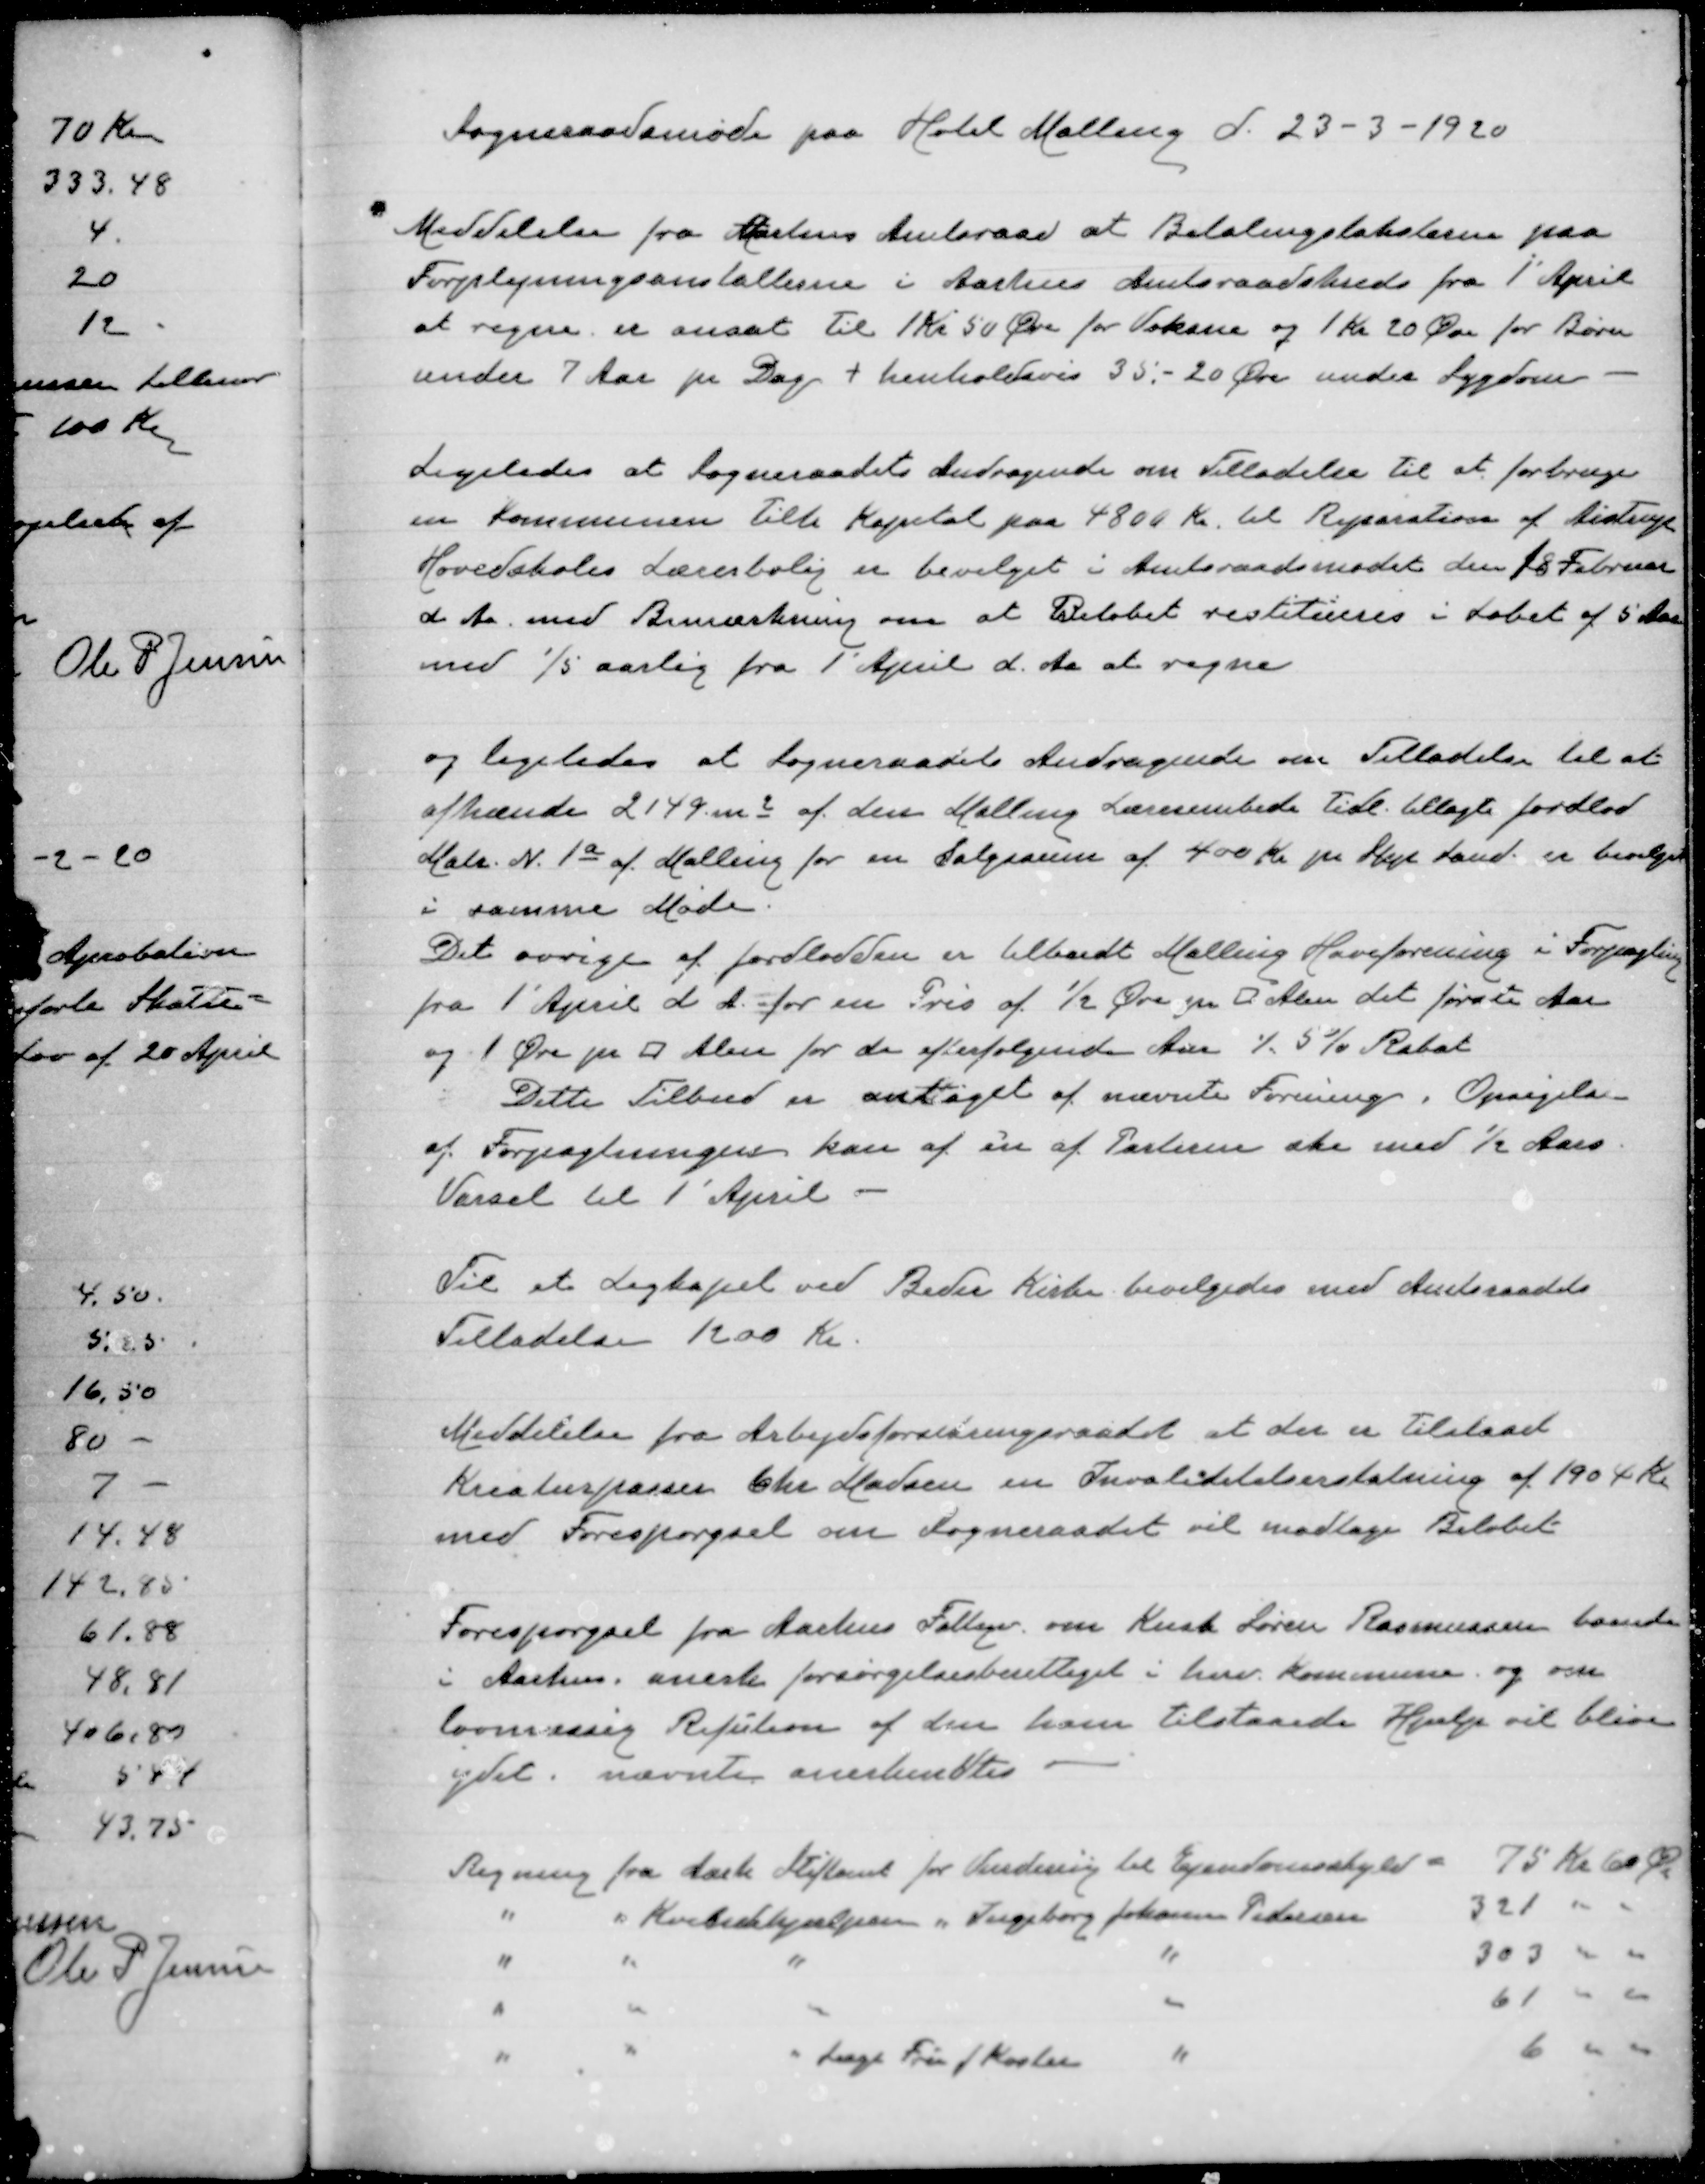
Transskription:
Sogneraadsmøde paa Hotel Malling d. 23-3-1920

Meddelelse fra Aarhus Amtsraad at Betalingstaksterne paa
Forplejningsanstalterne i Aarhus Amtsraadskreds fra 1' April
at regne er ansat til 1 Kr 50 Øre for Voksne og 1 Kr 20 Øre for Børn
under 7 Aar pr Dag + henholdsvis 35:-20 Øre under Sygdom

Ligeledes at Sogneraadets Andragende om Tilladelse til at forbruge
en Kommunen Tilb Kapital paa 4800 Kr til Reparation af Aistrup
Hovedskoles Lærerbolig er bevilget i Amtsraadsmødet den 18 Februar
d A med Bemærkning om at Beløbet restitueres i Løbet af 5 Aar
med 1/5 aarlig fra 1' April d. Aa at regne

og Ligeledes at Sogneraadets Andragende om Tilladelse til at
afhænde 2149 m2 af den Malling Lærerembede Tidl tillagte jordlod
Matr. N. 1a af Malling for en Salgssum af 400 Kr pr Styk land er bevilget
i samme Møde.
Det øvrige af jordlodden er tilbudt Malling Haveforening i Forpagtning
fra 1' April d A for en Pris af 1/2 Øre pr □ Alen det første Aar
og 1 Øre pr □ Alen for de efterfølgende Aar ⁒ 5 % Rabat
Dette Tilbud er antaget af nævnte Forening. Opsigelse
af Forpagtningen kan af en af Parterne ske med 1/2 Aars
Varsel til 1' April

Til et Ligkapel ved Beder Kirke bevilgedes med Amtsraadets
Tilladelse 1200 Kr.

Meddelelse fra Arbejdsforsikringsraadet at der er Tilstaaet
Kreaturpasser Chr Madsen en Invaliditetserstatning af 1904 Kr
med Forespørgsel om Sogneraadet vil modtage Beløbet

Forespørgsel fra Aarhus Fattigv. om Kusk Søren Rasmussen boende
i Aarhus, aneste forsørgelsesberettiget i herv. Kommune og om
lovmæssig Refution af den ham tilstaaede Hjælp vil blive
ydet. nævnte anerkendtes